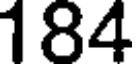
184